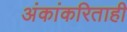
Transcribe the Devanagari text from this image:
अंकांकरिताही